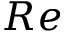
R e